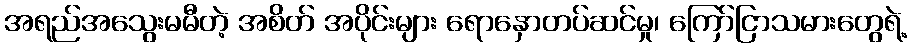
အရည်အသွေးမမီတဲ့ အစိတ် အပိုင်းများ ရောနှောတပ်ဆင်မှု၊ ကြော်ငြာသမားတွေရဲ့